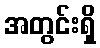
အတွင်းရှိ